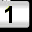
Digit: 1